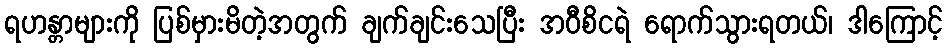
ရဟန္တာများကို ပြစ်မှားမိတဲ့အတွက် ချက်ချင်းသေပြီး အဝီစိငရဲ ရောက်သွားရတယ်၊ ဒါကြောင့်